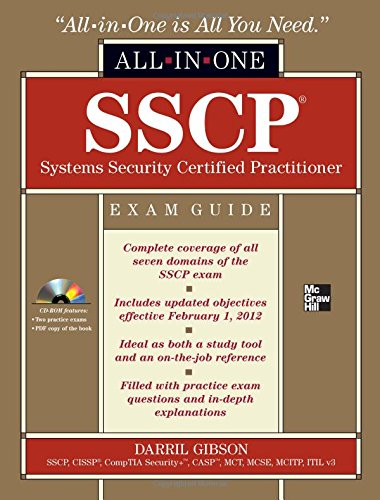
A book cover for SSCP Systems Security Certified Practitioner All-in-One Exam Guide; Darril Gibson; Computers & Technology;